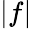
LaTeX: |f|